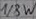
Text: 1/8W